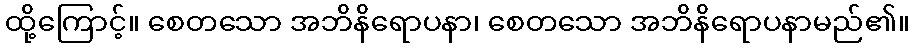
ထို့ကြောင့်။ စေတသော အဘိနိရောပနာ၊ စေတသော အဘိနိရောပနာမည်၏။